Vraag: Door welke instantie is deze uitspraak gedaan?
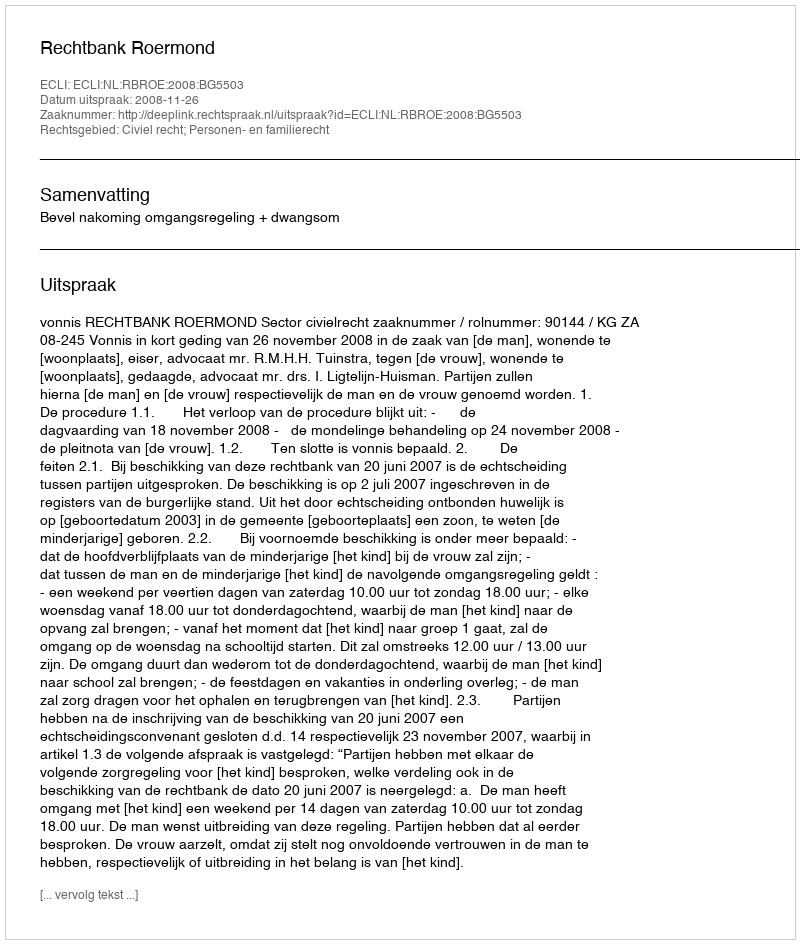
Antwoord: Rechtbank Roermond